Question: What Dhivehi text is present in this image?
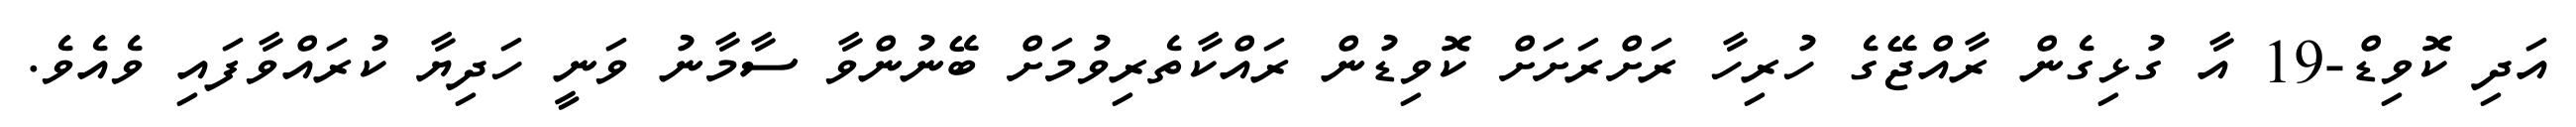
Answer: އަދި ކޮވިޑް-19 އާ ގުޅިގެން ރާއްޖޭގެ ހުރިހާ ރަށްރަށަށް ކޮވިޑުން ރައްކާތެރިވުމަށް ބޭނުންވާ ސާމާނު ވަނީ ހަދިޔާ ކުރައްވާފައި ވެއެވެ.